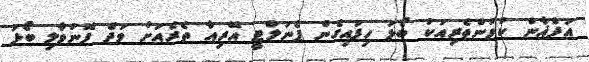
އަފްޣާން ކުޅުންތެރިއަކު ބޯޅަ ހިފައިގެން ޕެނަލްޓީ އޭރިއާ ތެރެއަށް ވަދެ ފޮނުވާލި ބޯޅަ